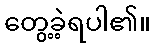
တွေ့ခဲ့ရပါ၏။